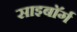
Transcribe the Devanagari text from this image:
साइबाॅर्ग